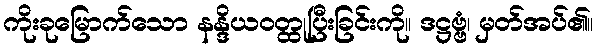
ကိုးခုမြောက်သော နန္ဒိယဝတ္ထုပြီးခြင်းကို။ ဒဋ္ဌဗ္ဗံ၊ မှတ်အပ်၏။